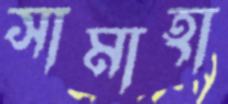
সামাহা